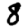
Digit: 8